Leaving Certificate Examination (including Day School Certificate (Higher) General paper), 1936
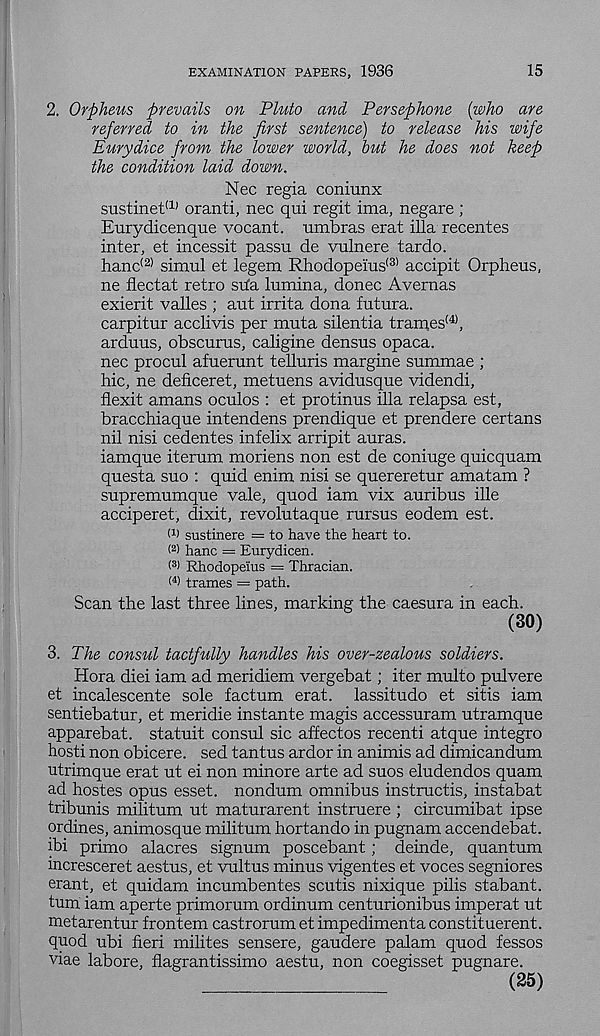
EXAMINATION PAPERS, 1936
15
2. Orpheus prevails on Pluto and Persephone (who are
referred to in the first sentence) to release his wife
Eurydice from the lower world, hut he does not keep
the condition laid down.
Nec regia coniunx
sustinet (1) oranti, nec qui regit ima, negare ;
Eurydicenque vocant. umbras erat ilia recentes
inter, et incessit passu de vulnere tardo.
hanc t2) simul et legem Rhodopeius (3) accipit Orpheus,
ne flectat retro sha lumina, donee Avernas
exierit valles ; aut irrita dona futura.
carpitur acclivis per muta silentia trames (4> ,
arduus, obscurus, caligine densus opaca.
nec procul afuerunt telluris margine summae ;
hie, ne deficeret, metuens avidusque videndi,
flexit amans oculos : et protinus ilia relapsa est,
bracchiaque intendens prendique et prendere certans
nil nisi cedentes infelix arripit auras,
iamque iterum moriens non est de coniuge quicquam
questa suo : quid enim nisi se quereretur amatam ?
supremumque vale, quod iam vix auribus ille
acciperet, dixit, revolutaque rursus eodem est.
W sustinere = to have the heart to.
< 2 ) hanc = Eurydicen.
( 3 ) Rhodopeius = Thracian.
(4 > trames = path.
Scan the last three lines, marking the caesura in each.
(30)
3. The consul tactfully handles his over-zealous soldiers.
Hora diei iam ad meridiem vergebat; iter multo pulvere
et incalescente sole factum erat. lassitudo et sitis iam
sentiebatur, et meridie instante magis accessuram utramque
apparebat. statuit consul sic afiectos recenti atque integro
hosti non obicere. sed tantus ardor in animis ad dimicandum
utrimque erat ut ei non minore arte ad suos eludendos quam
ad hostes opus esset. nondum omnibus instructis, instabat
tribunis militum ut maturarent instruere ; circumibat ipse
ordines, animosque militum hortando in pugnam accendebat.
ibi primo alacres signum poscebant; deinde, quantum
incresceret aestus, et vultus minus vigentes et voces segniores
erant, et quidam incumbentes scutis nixique pilis stabant.
turn iam aperte primorum ordinum centurionibus imperat ut
metarentur frontem castrorum et impedimenta constituerent.
quod ubi fieri milites sensere, gaudere palam quod fessos
viae labore, flagrantissimo aestu, non coegisset pugnare.
(25)